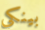
بينكي